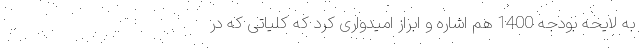
به لایحه بودجه 1400 هم اشاره و ابراز امیدواری کرد که کلیاتی که در